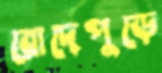
রোদেপুড়ে